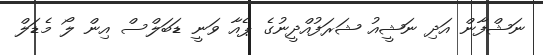
ނަޝްފާން އަދި ނަޝީއު ޝަރަފުއްދީނުގެ ޕެއާ ވަނީ ޑަބަލްސް އިން ލޯ މެޑަލް